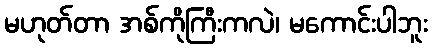
မဟုတ်တာ အစ်ကိုကြီးကလဲ၊ မကောင်းပါဘူး